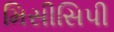
મિસીસિપી